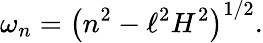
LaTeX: \omega_{n}=\left(n^{2}-\ell^{2}H^{2}\right)^{1/2}.